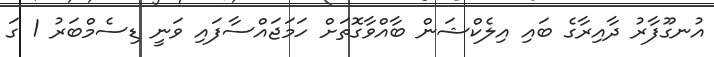
އުނގޫފާރު ދާއިރާގެ ބައި އިލެކްޝަން ބާއްވާގޮތަށް ހަމަޖައްސާފައި ވަނީ ޑިސެމްބަރު 1 ގަ